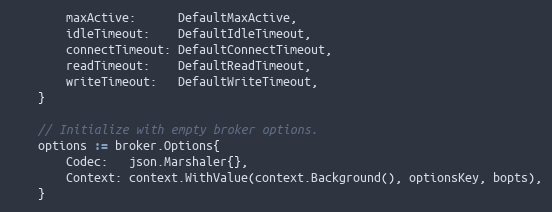
Language: Go
		maxActive:      DefaultMaxActive,
		idleTimeout:    DefaultIdleTimeout,
		connectTimeout: DefaultConnectTimeout,
		readTimeout:    DefaultReadTimeout,
		writeTimeout:   DefaultWriteTimeout,
	}

	// Initialize with empty broker options.
	options := broker.Options{
		Codec:   json.Marshaler{},
		Context: context.WithValue(context.Background(), optionsKey, bopts),
	}